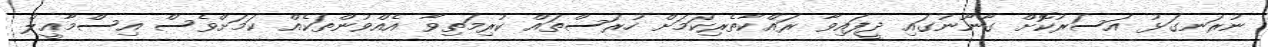
ނުރަނގަޅު އަސަރުކޮށް ގާނޫނުގައި ދީފައިވާ ރައްކާތެރިކަމަށް ހުރަސްތައް ކުރިމަތިވާ އެއްވުންތަކެއް ކަމަށްވެސް އިސްމާޢީލް